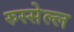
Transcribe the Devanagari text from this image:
रुस्सेल्ल